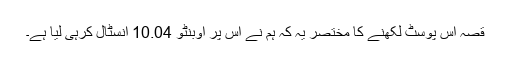
قصہ اس پوسٹ لکھنے کا مختصر یہ کہ ہم نے اس پر اوبنٹو 10.04 انسٹال کرہی لیا ہے۔